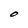
Character: O